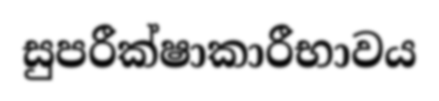
සුපරීක්ෂාකාරීභාවය